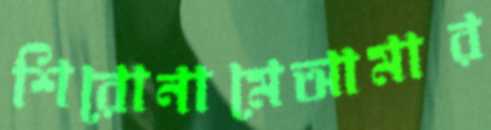
শিরোনামেআমার